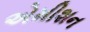
એમીશન